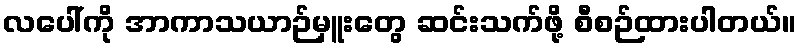
လပေါ်ကို အာကာသယာဉ်မှူးတွေ ဆင်းသက်ဖို့ စီစဉ်ထားပါတယ်။